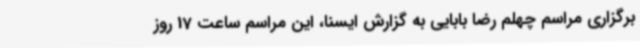
برگزاری مراسم چهلم رضا بابایی به گزارش ایسنا، این مراسم ساعت 17 روز